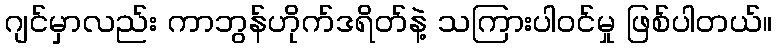
ဂျင်မှာလည်း ကာဘွန်ဟိုက်ဒရိတ်နဲ့ သကြားပါဝင်မှု ဖြစ်ပါတယ်။